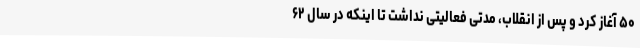
۵۰ آغاز کرد و پس از انقلاب، مدتی فعالیتی نداشت تا اینکه در سال ۶۲